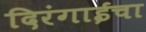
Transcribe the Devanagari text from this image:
दिरंगाईचा